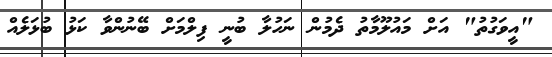
"އީވަގުތު" އަށް މައުލޫމާތު ދެމުން ނަހުލާ ބުނީ ފިލްމަށް ބޭނުންވާ ކަޅު ބުޅަލެއް